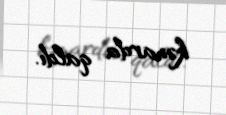
kənarda qaldı.